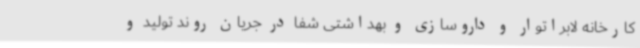
کارخانه لابراتوار و داروسازی و بهداشتی شفا در جریان روند تولید و